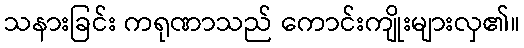
သနားခြင်း ကရုဏာသည် ကောင်းကျိုးများလှ၏။